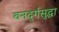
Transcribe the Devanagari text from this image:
वनदुर्गसुद्धा